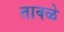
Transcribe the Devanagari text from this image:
तावळे